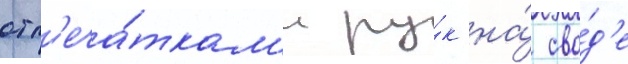
отп'еча́ткам'и ру́к на́ сво́д'е